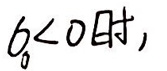
$b < 0$时,